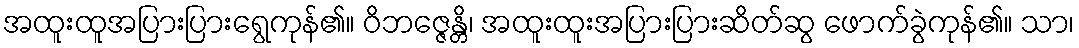
အထူးထူအပြားပြားရွေကုန်၏။ ဝိဘဇ္ဇေန္တိ၊ အထူးထူးအပြားပြားဆိတ်ဆွ ဖောက်ခွဲကုန်၏။ သာ၊